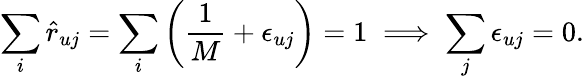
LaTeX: \sum_{i}\hat{r}_{uj}=\sum_{i}\left(\frac{1}{M}+\epsilon_{uj}\right)=1\implies\sum_{j}\epsilon_{uj}=0.